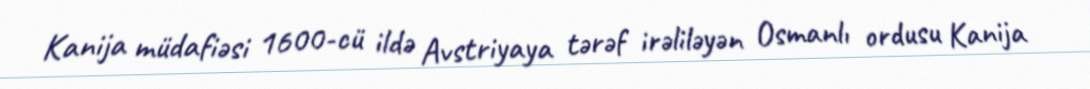
Kanija müdafiəsi 1600-cü ildə Avstriyaya tərəf irəliləyən Osmanlı ordusu Kanija